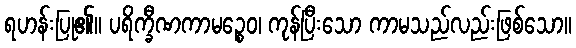
ရဟန်းပြု၏။ ပရိက္ခီဏကာမဉ္စေဝ၊ ကုန်ပြီးသော ကာမသည်လည်းဖြစ်သော။